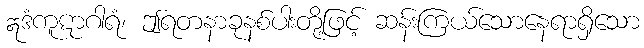
ဣဒံကူဋာဂါရံ၊ ဤရတနာခုနစ်ပါးတို့ဖြင့် ဆန်းကြယ်သောနေရာရှိသော